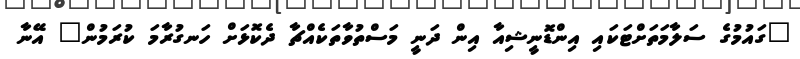
"ގައުމުގެ ސަލާމަތަށްޓަކައި އިންޑޮނީޝިއާ އިން ދަނީ މަސްތުވާތަކެއްޗާ ދެކޮޅަށް ހަނގުރާމަ ކުރަމުން" އޭނާ